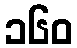
၁၆၀